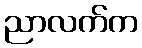
ညာလက်က